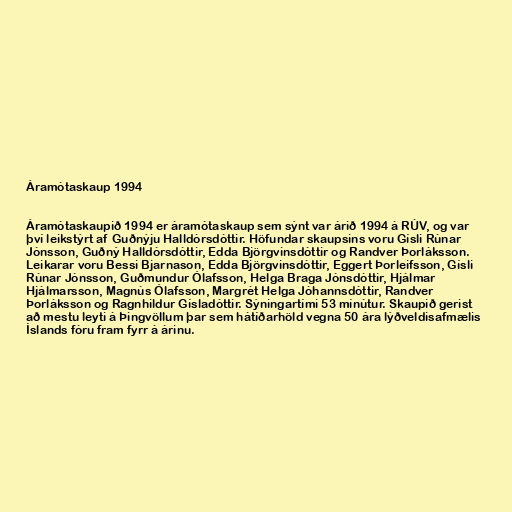
Áramótaskaup 1994

Áramótaskaupið 1994 er áramótaskaup sem sýnt var árið 1994 á RÚV, og var
því leikstýrt af Guðnýju Halldórsdóttir. Höfundar skaupsins voru Gísli Rúnar
Jónsson, Guðný Halldórsdóttir, Edda Björgvinsdóttir og Randver Þorláksson.
Leikarar voru Bessi Bjarnason, Edda Björgvinsdóttir, Eggert Þorleifsson, Gísli
Rúnar Jónsson, Guðmundur Ólafsson, Helga Braga Jónsdóttir, Hjálmar
Hjálmarsson, Magnús Ólafsson, Margrét Helga Jóhannsdóttir, Randver
Þorláksson og Ragnhildur Gísladóttir. Sýningartími 53 mínútur. Skaupið gerist
að mestu leyti á Þingvöllum þar sem hátíðarhöld vegna 50 ára lýðveldisafmælis
Íslands fóru fram fyrr á árinu.